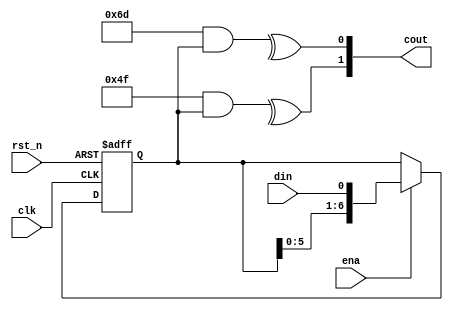
`timescale 1 ns / 1 ps // Unrolled LFSR (n,k,m)
module conv_217 #(parameter m = 2,parameter n = 7)(
	input clk,rst_n,ena,
	input din,		// bit 0 is to be sent first
	output[m-1:0] cout);
	
wire [n-1:0] g[m-1:0]; //should inverse bit for multiply
assign g[0][n-1:0]=7'b110_110_1;//7'b1_011_011;
assign g[1][n-1:0]=7'b100_111_1;//7'b1_111_001;

reg [n-1:0] conv_buf;
genvar i;
generate
	for (i=0; i<m; i=i+1) begin : lp
		assign cout[i] = ^(g[i][n-1:0]&conv_buf[n-1:0]);		
	end
endgenerate
//assign cout[0]=^(g[0][n-1:0]&conv_buf[n-1:0]);
//assign cout[1]=^(g[1][n-1:0]&conv_buf[n-1:0]);

// din buffer with length n
always @(posedge clk or negedge rst_n)
	if (!rst_n)
		conv_buf <= 0;
	else if (ena) 
		conv_buf[n-1:0] <= {conv_buf[n-2:0],din};

endmodule